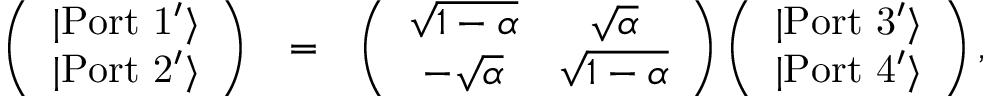
\begin{array} { r l r } { \left( \begin{array} { c } { | \mathrm { P o r t \ 1 ^ { \prime } } \rangle } \\ { | \mathrm { P o r t \ 2 ^ { \prime } } \rangle } \end{array} \right) } & { = } & { \left( \begin{array} { c c } { \sqrt { 1 - \alpha } } & { \sqrt { \alpha } } \\ { - \sqrt { \alpha } } & { \sqrt { 1 - \alpha } } \end{array} \right) \left( \begin{array} { c } { | \mathrm { P o r t \ 3 ^ { \prime } } \rangle } \\ { | \mathrm { P o r t \ 4 ^ { \prime } } \rangle } \end{array} \right) , } \end{array}